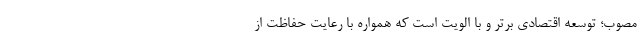
مصوب؛ توسعه اقتصادی برتر و با الویت است که همواره با رعایت حفاظت از